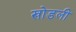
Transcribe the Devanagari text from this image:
खोडली